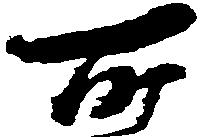
所